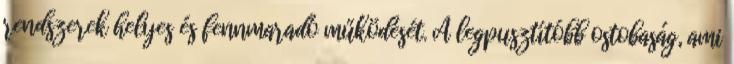
rendszerek helyes és fennmaradó működését. A legpusztítóbb ostobaság, ami